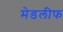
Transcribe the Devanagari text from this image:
मेडलीफ